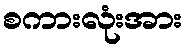
စကားလုံးအား